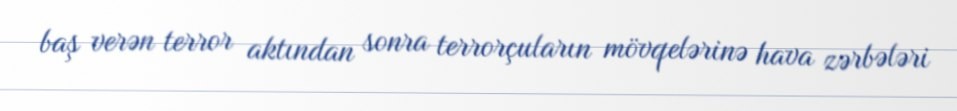
baş verən terror aktından sonra terrorçuların mövqelərinə hava zərbələri